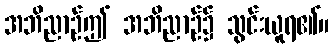
အဘိညာဉ်ဤ အဘိညာဉ်၌ သွင်းယူရ၏။